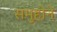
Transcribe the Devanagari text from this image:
समुहोने